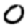
Digit: 0